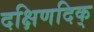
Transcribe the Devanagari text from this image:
दक्षिणदिक्